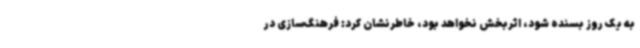
به یک روز بسنده شود، اثربخش نخواهد بود، خاطرنشان کرد: فرهنگ‌سازی در